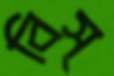
বিস্